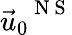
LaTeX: {{\vec{u}}_{0}}^{\mathrm{~N~S~}}